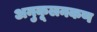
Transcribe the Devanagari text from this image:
अनुकूलनकण